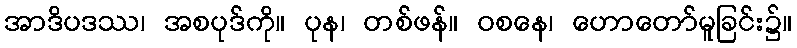
အာဒိပဒဿ၊ အစပုဒ်ကို။ ပုန၊ တစ်ဖန်။ ဝစနေ၊ ဟောတော်မူခြင်း၌။